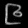
Digit: ၉